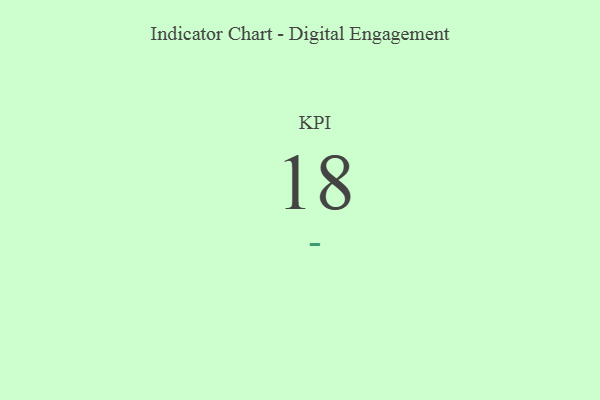
{"axis": {"x": "KPI", "y": "Value"}, "legend": [""], "data": [{"x": "KPI", "y": 18, "type": ""}]}